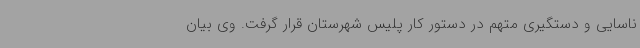
ناسایی و دستگیری متهم در دستور کار پلیس شهرستان قرار گرفت. وی بیان